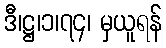
ဒီ၊ဋ္ဌ၊၁၊၇၄၊ မှယူရန်